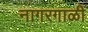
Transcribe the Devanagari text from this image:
नागरगाळी